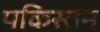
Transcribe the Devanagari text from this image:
पकिस्तन